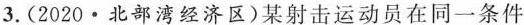
3.(2020·北部湾经济区)某射击运动员在同一条件